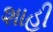
શાહી